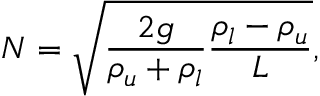
N = \sqrt { \frac { 2 g } { \rho _ { u } + \rho _ { l } } \frac { \rho _ { l } - \rho _ { u } } { L } } ,